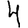
Digit: 4